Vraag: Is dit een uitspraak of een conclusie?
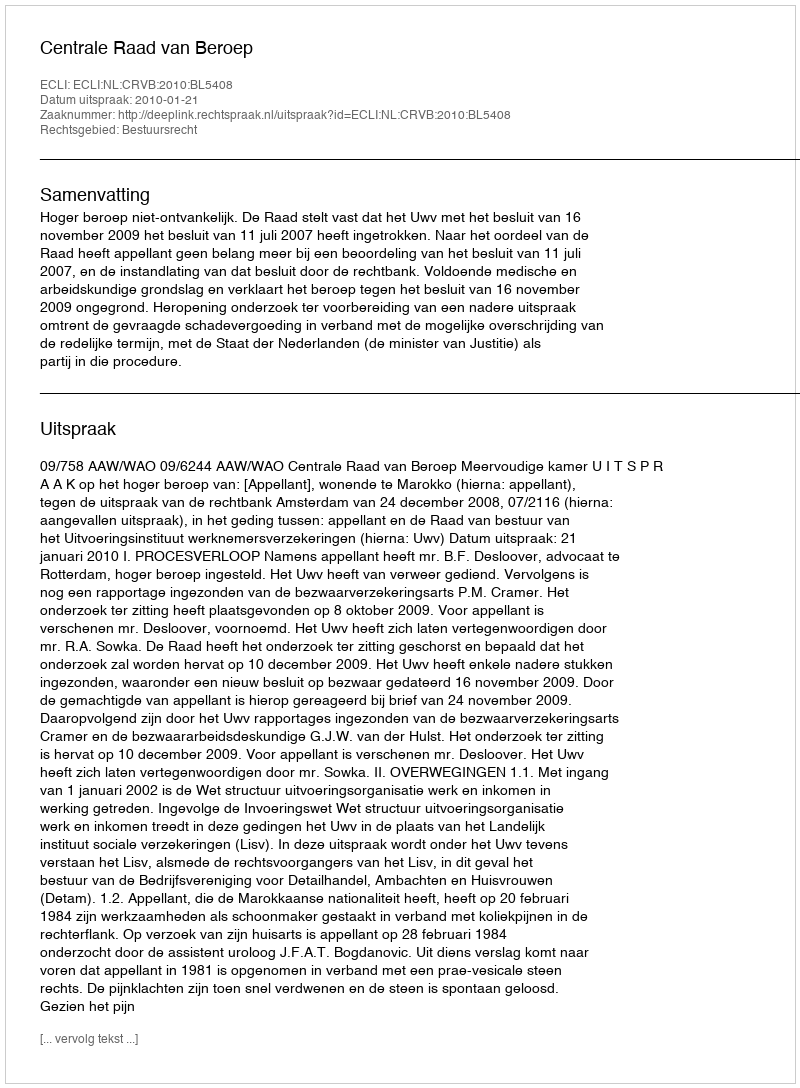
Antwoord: Uitspraak